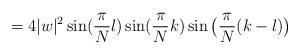
LaTeX: \begin{align*}=4|w|^2\sin ({\frac{\pi}{N}l}) \sin ({\frac{\pi}{N}k}) \sin \big({\frac{\pi}{N}(k-l)}\big)\end{align*}